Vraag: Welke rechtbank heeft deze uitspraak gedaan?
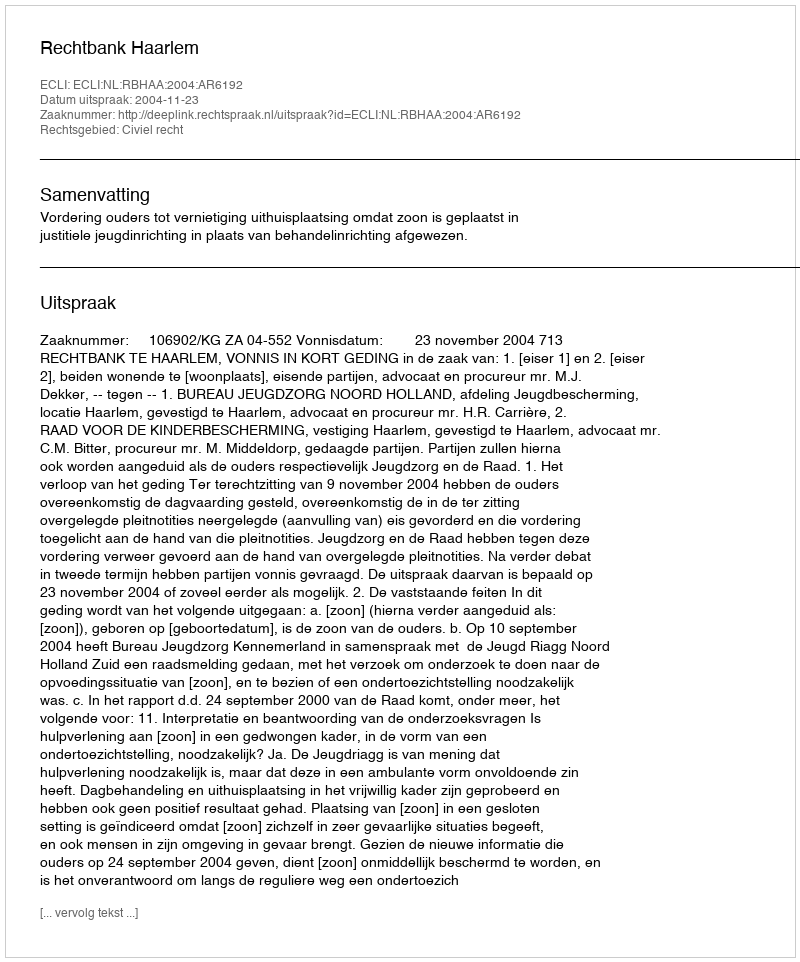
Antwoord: Rechtbank Haarlem